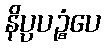
နိပ္ပပဉ္စံပေ